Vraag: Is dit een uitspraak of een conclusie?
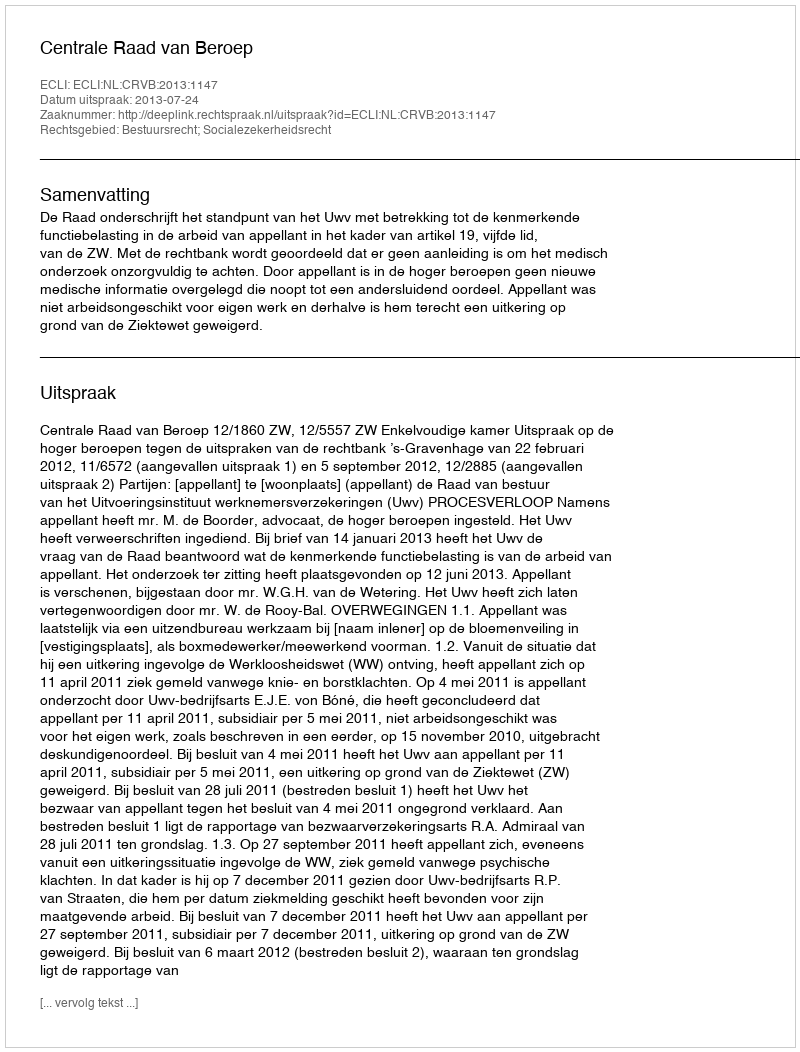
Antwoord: Uitspraak